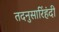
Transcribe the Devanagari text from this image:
तदनुसारिंहंदी